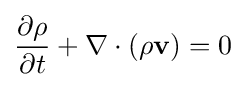
{\frac {\partial \rho }{\partial t}}+\nabla \cdot (\rho \mathbf {v} )=0